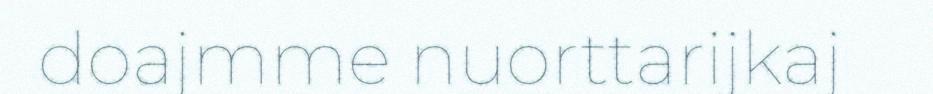
doajmme nuorttarijkaj